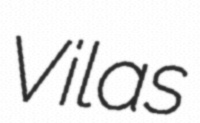
Vilas